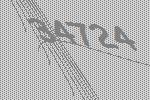
34724